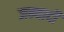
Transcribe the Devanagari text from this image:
जम्बादी